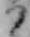
り